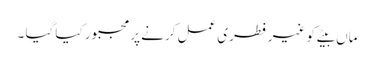
ماں بیٹے کو غیر فطری عمل کرنے پر مجبور کیا گیا ۔